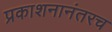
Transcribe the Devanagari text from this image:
प्रकाशनानंतरच